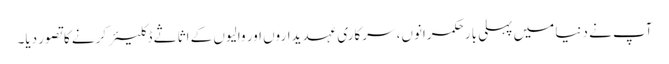
آپ نے دنیا میں پہلی بار حکمرانوں، سرکاری عہدیداروں اور والیوں کے اثاثے ڈکلیئر کرنے کاتصور دیا۔